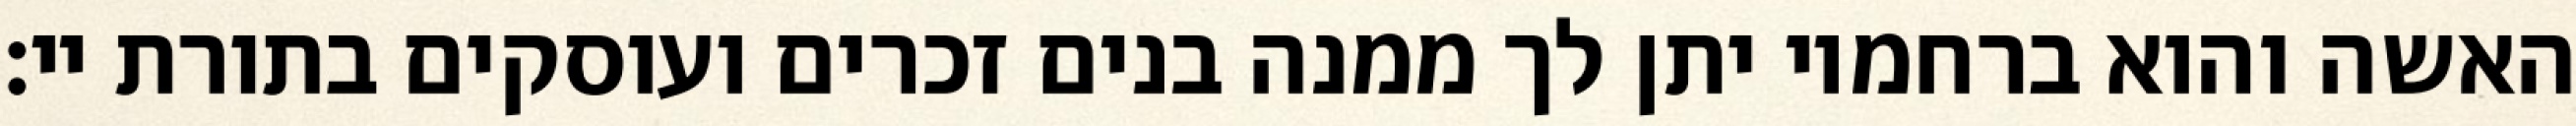
האשה והוא ברחמיו יתן לך ממנה בנים זכרים ועוסקים בתורת יי: